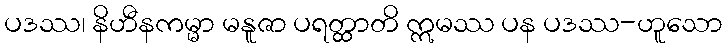
ပဒဿ၊ နိဟီနကမ္မာ မနူဇာ ပရတ္ထာတိ ဣမဿ ပန ပဒဿ-ဟူသော